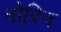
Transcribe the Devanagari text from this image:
नोरिन